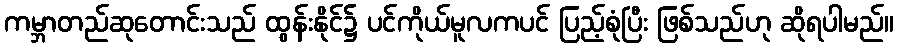
ကမ္ဘာတည်ဆုတောင်းသည် ထွန်းနိုင်၌ ပင်ကိုယ်မူလကပင် ပြည့်စုံပြီး ဖြစ်သည်ဟု ဆိုရပါမည်။